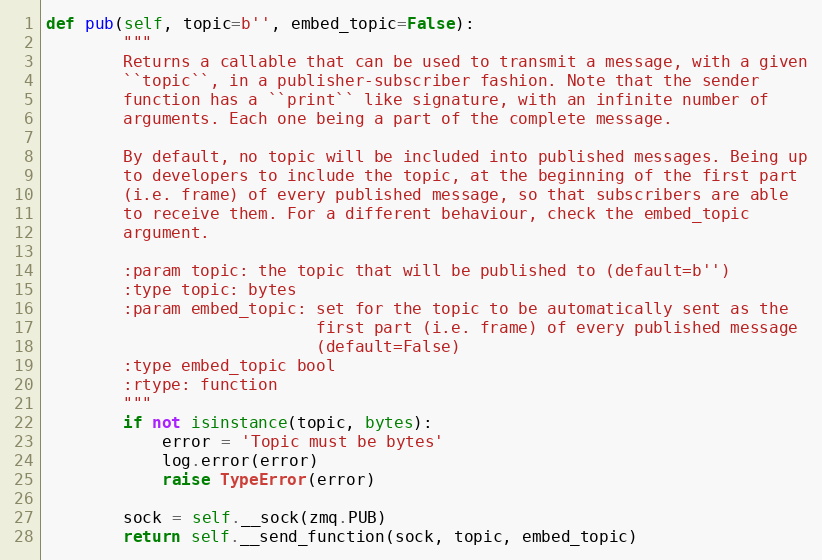
Language: Python
def pub(self, topic=b'', embed_topic=False):
        """
        Returns a callable that can be used to transmit a message, with a given
        ``topic``, in a publisher-subscriber fashion. Note that the sender
        function has a ``print`` like signature, with an infinite number of
        arguments. Each one being a part of the complete message.

        By default, no topic will be included into published messages. Being up
        to developers to include the topic, at the beginning of the first part
        (i.e. frame) of every published message, so that subscribers are able
        to receive them. For a different behaviour, check the embed_topic
        argument.

        :param topic: the topic that will be published to (default=b'')
        :type topic: bytes
        :param embed_topic: set for the topic to be automatically sent as the
                            first part (i.e. frame) of every published message
                            (default=False)
        :type embed_topic bool
        :rtype: function
        """
        if not isinstance(topic, bytes):
            error = 'Topic must be bytes'
            log.error(error)
            raise TypeError(error)

        sock = self.__sock(zmq.PUB)
        return self.__send_function(sock, topic, embed_topic)